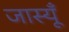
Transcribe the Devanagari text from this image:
जास्यूँ